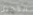
التأجيل